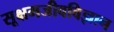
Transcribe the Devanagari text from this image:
सूक्षमजीवविज्ञान